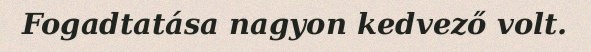
Fogadtatása nagyon kedvező volt.